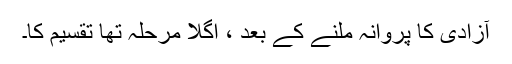
آزادی کا پروانہ ملنے کے بعد ، اگلا مرحلہ تھا تقسیم کا۔